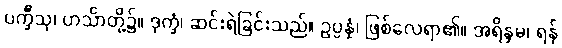
ပက္ခီသု၊ ဟင်္သာတို့၌။ ဒုက္ခံ၊ ဆင်းရဲခြင်းသည်။ ဥပ္ပန္နံ၊ ဖြစ်လေရာ၏။ အရိန္ဒမ၊ ရန်